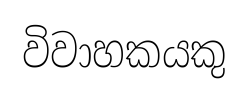
විවාහකයකු